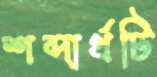
শব্দার্থটি